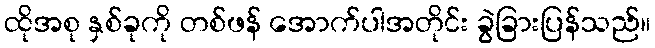
ထိုအစု နှစ်ခုကို တစ်ဖန် အောက်ပါအတိုင်း ခွဲခြားပြန်သည်။